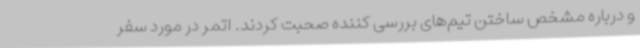
و درباره مشخص ساختن تیم‌های بررسی کننده صحبت کردند. اتمر در مورد سفر